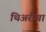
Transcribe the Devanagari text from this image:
थिअरीचा